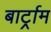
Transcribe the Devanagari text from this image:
बार्ट्राम